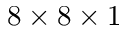
8 \times 8 \times 1